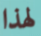
لهذا